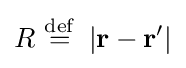
R\ {\stackrel {\mathrm {def} }{=}}\ \left|\mathbf {r} -\mathbf {r'} \right|